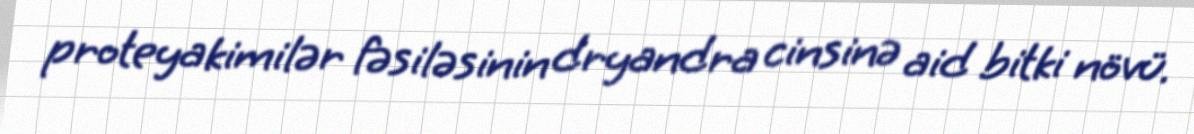
proteyakimilər fəsiləsinin dryandra cinsinə aid bitki növü.